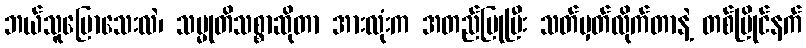
ဘယ်သူပြောသေးလဲ၊ သမ္မုတိသစ္စာဆိုတာ အားလုံးက အတည်ပြုပြီး သတ်မှတ်လိုက်တာနဲ့ တစ်ပြိုင်နက်